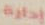
إدارة